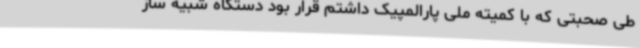
طی صحبتی که با کمیته ملی پارالمپیک داشتم قرار بود دستگاه شبیه ساز